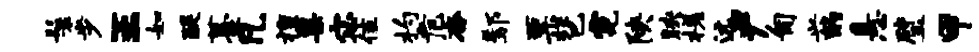
鬟步王如醍薹凡擅粟宓隹杓危杳鄢票琶霓陕映槎远尹匍兴酌悬璧甲